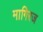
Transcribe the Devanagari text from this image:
मागिरज